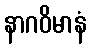
နာဂဝိမာနံ